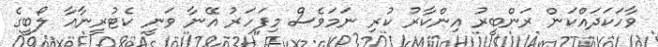
ވާހަކަދައްކަން ރަންބީރު އިންކާރު ކުރި ނަމަވެސް މިފަހަރު އޭނާ ވަނީ ކެޓުރީނާއާ ލޯބީގެ